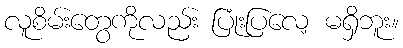
လူစိမ်းတွေကိုလည်း ပြုံးပြလေ့ မရှိဘူး။